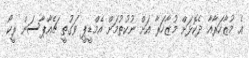
އެ މުޒާހަރާއާ ދެކޮޅަށް މުޒާހަރާ އަށް ނުކުތުމަށް އެމްޑީޕީ ވަގުތީ ޗެއާޕާސަން ރީކޯ